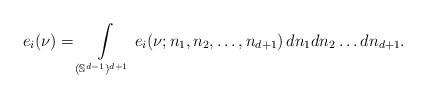
LaTeX: \begin{align*}e_i(\nu) = \int\limits_{(\mathbb S^{d - 1})^{d + 1}} e_i(\nu; n_1, n_2, \ldots, n_{d + 1}) \, dn_1 dn_2 \ldots dn_{d + 1}.\end{align*}